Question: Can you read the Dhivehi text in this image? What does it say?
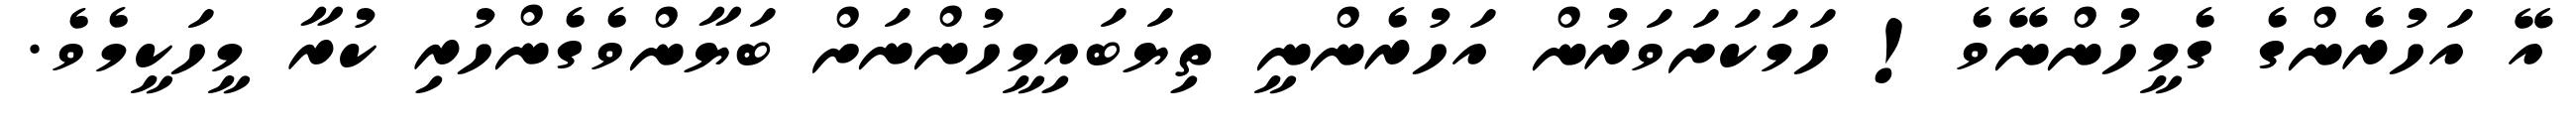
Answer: އޭ އަހުރެންގެ ގެމީހުންނޭވެ! ހަމަކަށަވަރުން އަހުރެންނީ ތިޔަބައިމީހުންނަށް ބަޔާންވެގެންހުރި ކުރާ މީހަކީމެވެ.